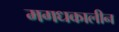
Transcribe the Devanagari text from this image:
मगधकालीन